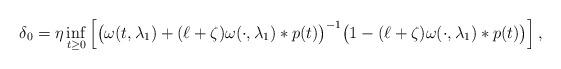
LaTeX: \begin{align*}\delta_0=\eta \inf_{t\ge 0}\left[\big(\omega(t,\lambda_1)+(\ell+\zeta)\omega(\cdot,\lambda_1)*p(t)\big)^{-1}\big(1-(\ell+\zeta)\omega(\cdot,\lambda_1)*p(t)\big)\right],\end{align*}